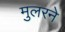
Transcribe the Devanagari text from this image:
मुलरने